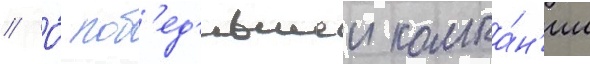
// О́ поб'ед'ившеи компа́н'ии